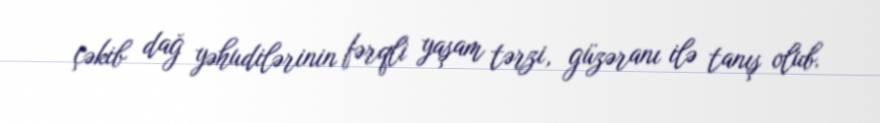
çəkib dağ yəhudilərinin fərqli yaşam tərzi, güzəranı ilə tanış olub.